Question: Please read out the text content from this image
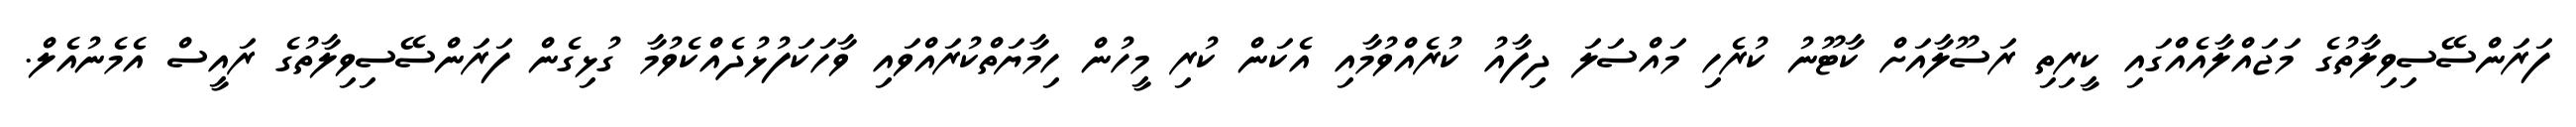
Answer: ފަރަންސޭސިވިލާތުގެ މަޖައްލާއެއްގައި ކީރިތި ރަސޫލާއަށް ކާޓޫނު ކުރެހި މައްސަލަ ދިފާއު ކުރެއްވުމާއި އެކަން ކުރި މީހުން ހިމާޔަތްކުރައްވައި ވާހަކަފުޅުދެއްކެވުމާ ގުޅިގެން ފަރަންސޭސިވިލާތުގެ ރައީސް އެމެނުއެލް.